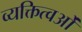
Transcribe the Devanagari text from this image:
व्यक्तित्वओं